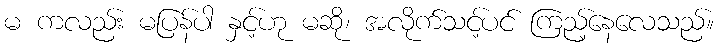
မ ကလည်း မပြန်ပါ နှင့်ဟု မဆို၊ အလိုက်သင့်ပင် ကြည့်နေလေသည်။